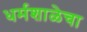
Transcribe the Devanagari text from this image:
धर्मशाळेचा